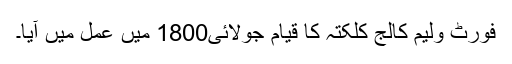
فورٹ ولیم کالج کلکتہ کا قیام جولائی1800 میں عمل میں آیا۔